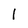
Character: 1